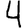
Digit: 4